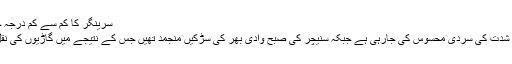
سرینگر کا کم سے کم درجہ حرارت منفی5.7ڈگری سیلشیس ریکارڈ
سرینگر /وادی کشمیر میں ایک بار پھر شدت کی سردی محسوس کی جارہی ہے جبکہ سنیچر کی صبح وادی بھر کی سڑکیں منجمد تھیں جس کے نتیجے میں گاڑیوں کی نقل و حمل میں بے حد مشکلات پیش آئیں۔